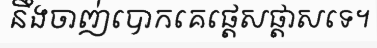
នឹងចាញ់បោកគេផ្តេសផ្តាសទេ។